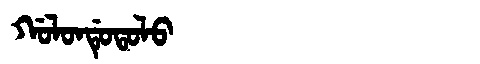
Manchu: ᡤᠣᠯᠣᠨᡩᡠᡨᠣᠯᠣ
Romanization: GOLONDUTOLO